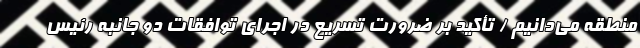
منطقه می‌دانیم / تأکید بر ضرورت تسریع در اجرای توافقات دو جانبه رئیس